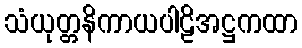
သံယုတ္တနိကာယပါဠိအဋ္ဌကထာ